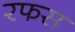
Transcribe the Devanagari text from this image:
रफस